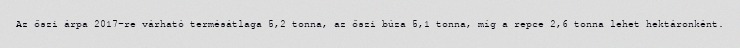
Az őszi árpa 2017-re várható termésátlaga 5,2 tonna, az őszi búza 5,1 tonna, míg a repce 2,6 tonna lehet hektáronként.